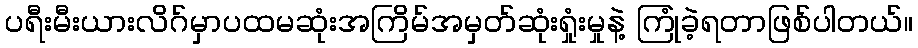
ပရီးမီးယားလိဂ်မှာပထမဆုံးအကြိမ်အမှတ်ဆုံးရှုံးမှုနဲ့ ကြုံခဲ့ရတာဖြစ်ပါတယ်။